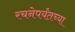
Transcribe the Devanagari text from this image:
रचनेपर्यंतच्या